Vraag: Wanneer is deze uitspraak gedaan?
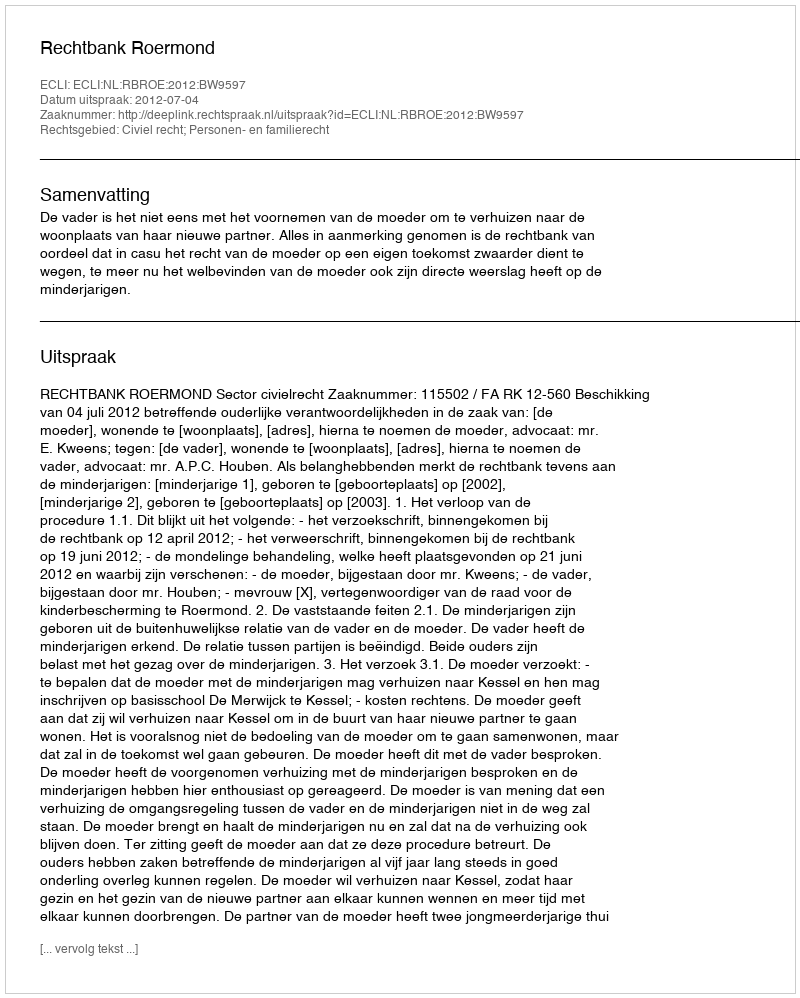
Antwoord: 2012-07-04